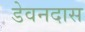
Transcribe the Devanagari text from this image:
डेवनदास